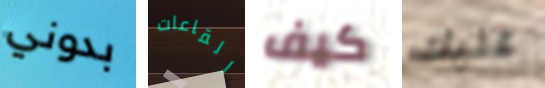
بدوني القاعات كيف عليك